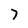
Character: 7